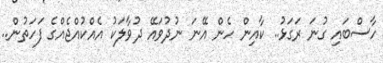
ހާސްބައި ގުނަ ރަގަޅު.. ކާއިން ހެން އޭނަ ނުދުވައޭ ދުވާލަކު އެއްކުއްޖެއްގެ ފަހަތުން..